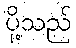
ပို့သည်